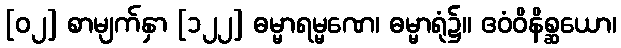
[၀၂] စာမျက်နှာ [၁၂၂] ဓမ္မာရမ္မဏေ၊ ဓမ္မာရုံ၌။ ဧဝံဝိနိစ္ဆယော၊